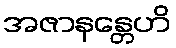
အဇာနန္တေဟိ